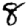
Digit: 8